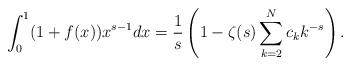
LaTeX: \begin{align*}\int_0^1 (1+f(x)) x^{s-1} dx= \frac{1}{s}\left(1- \zeta (s) \sum_{k=2}^N c_k k^{-s}\right) .\end{align*}